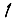
Digit: 1